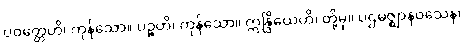
ပဝတ္တေဟိ၊ ကုန်သော။ ပဉ္စဟိ၊ ကုန်သော။ ဣန္ဒြိယေဟိ၊ တို့မှ။ ပဌမဇ္ဈာနဝသေန၊